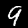
Label: 9